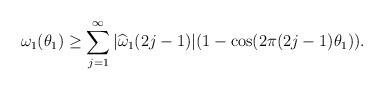
LaTeX: \begin{align*}\omega_1(\theta_1) \ge \sum_{j=1}^{\infty} |\widehat{\omega}_1(2j-1)| ( 1 - \cos (2\pi (2j-1) \theta_1)).\end{align*}